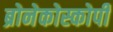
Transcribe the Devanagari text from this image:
ब्रोनेकोस्कोपी